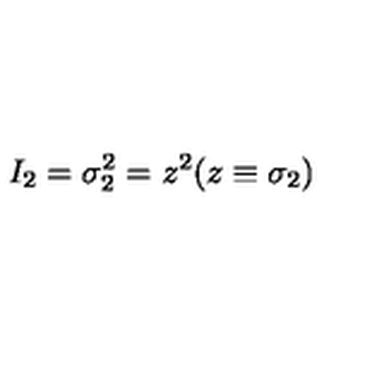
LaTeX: I _ { 2 } = \sigma _ { 2 } ^ { 2 } = z ^ { 2 } ( z \equiv \sigma _ { 2 } )